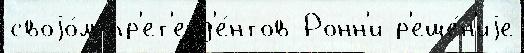
своjо́м пр'ет'енд'е́нтов Ронн'и р'еше́н'иjе